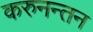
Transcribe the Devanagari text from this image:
करुनन्तन